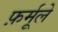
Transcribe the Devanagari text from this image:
फ़र्मूले